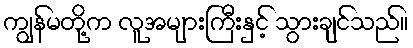
ကျွန်မတို့က လူအများကြီးနှင့် သွားချင်သည်။